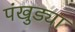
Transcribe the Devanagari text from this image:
पंखुड्या